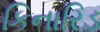
કિનારિડ